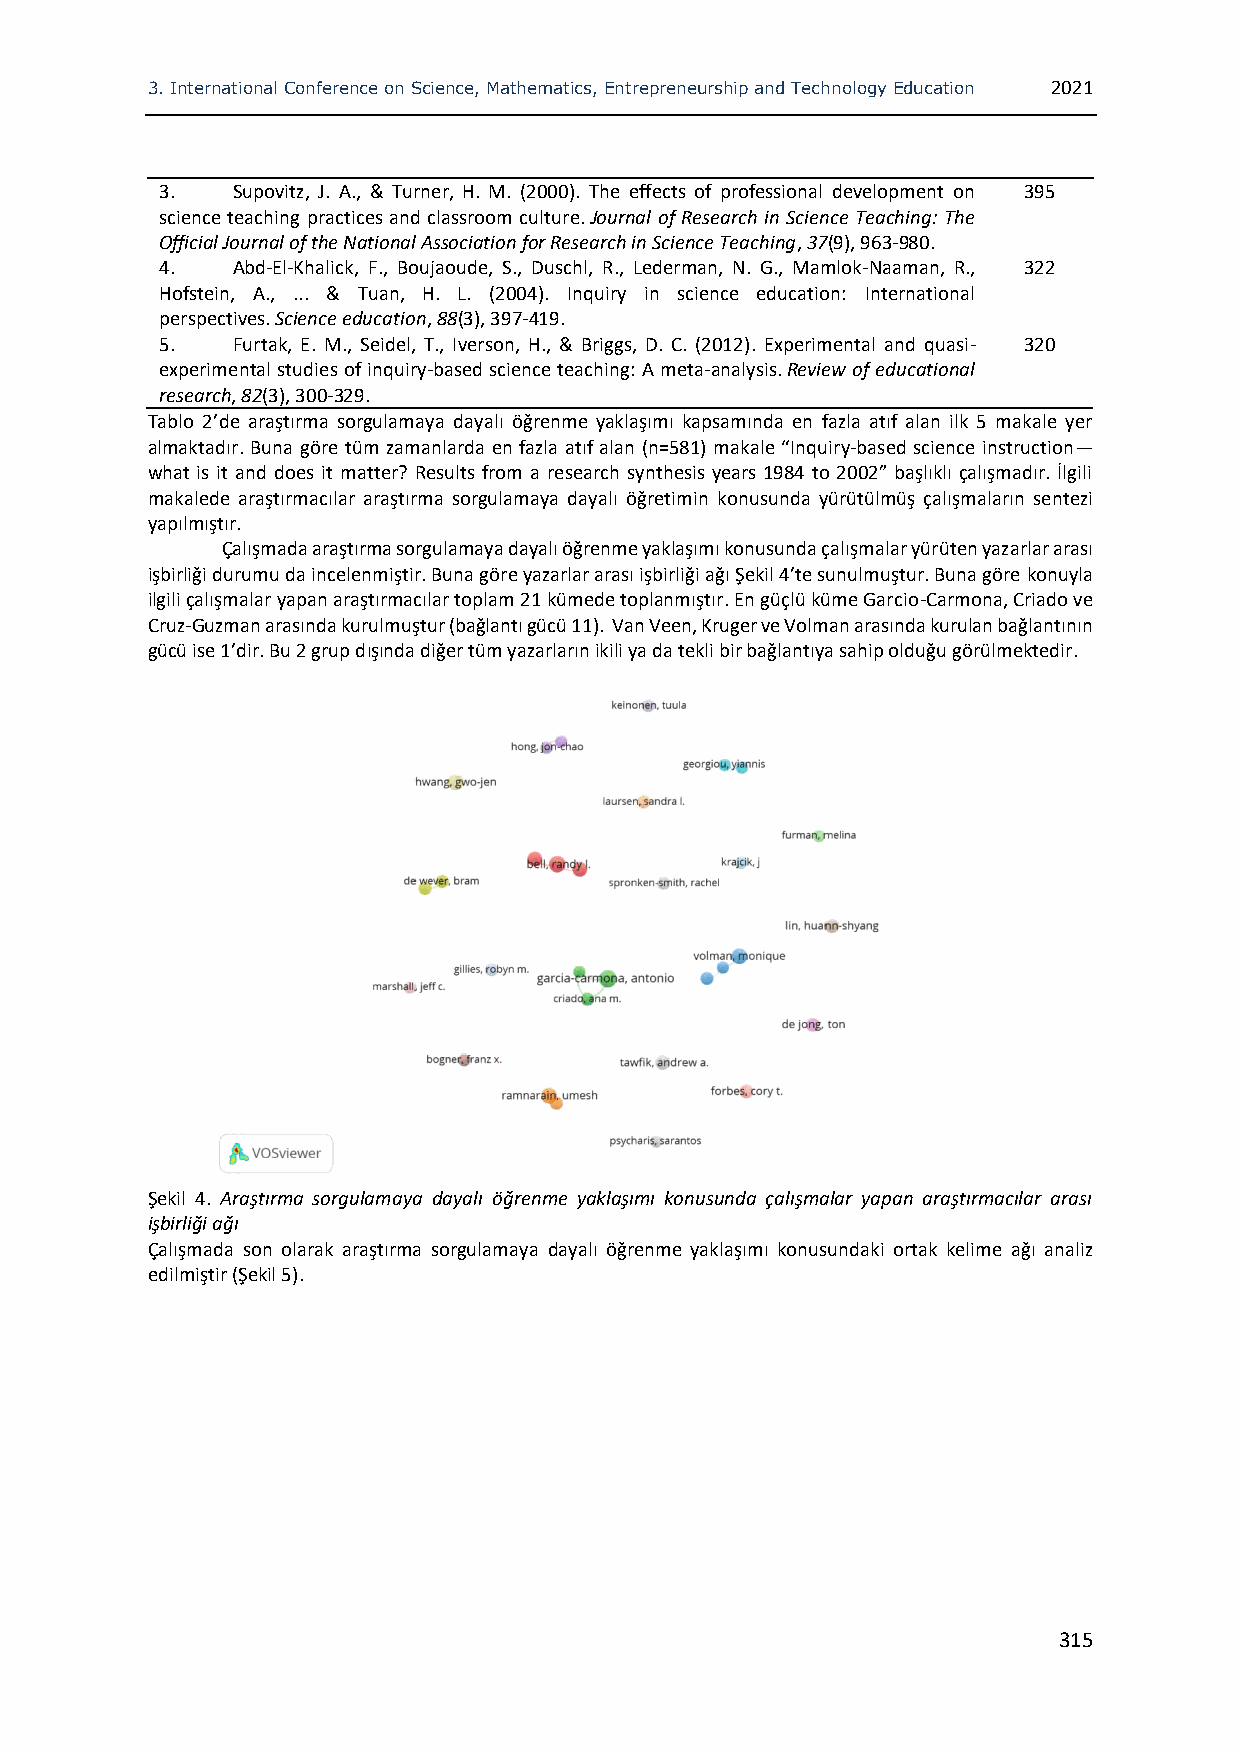
3. International Conference on Science, Mathematics, Entrepreneurship and Technology Education 2021
 3.  Supovitz, J. A., & Turner, H. M. (2000). The effects of professional development on 395
 science teaching practices and classroom culture. Journal of Research in Science Teaching: The
 Official Journal of the National Association for Research in Science Teaching, 37(9), 963-980.
 4.  Abd-El-Khalick, F., Boujaoude, S., Duschl, R., Lederman, N. G., Mamlok-Naaman, R., 322
 Hofstein, A., ... & Tuan, H. L. (2004). Inquiry in science education: International
 perspectives. Science education, 88(3), 397-419.
 5.  Furtak, E. M., Seidel, T., Iverson, H., & Briggs, D. C. (2012). Experimental and quasi- 320
 experimental studies of inquiry-based science teaching: A meta-analysis. Review of educational
 research, 82(3), 300-329.
 Tablo 2’de araştırma sorgulamaya dayalı öğrenme yaklaşımı kapsamında en fazla atıf alan ilk 5 makale yer
 almaktadır. Buna göre tüm zamanlarda en fazla atıf alan (n=581) makale “Inquiry-based science instruction—
 what is it and does it matter? Results from a research synthesis years 1984 to 2002” başlıklı çalışmadır. İlgili
 makalede araştırmacılar araştırma sorgulamaya dayalı öğretimin konusunda yürütülmüş çalışmaların sentezi
 yapılmıştır.
 Çalışmada araştırma sorgulamaya dayalı öğrenme yaklaşımı konusunda çalışmalar yürüten yazarlar arası
 işbirliği durumu da incelenmiştir. Buna göre yazarlar arası işbirliği ağı Şekil 4’te sunulmuştur. Buna göre konuyla
 ilgili çalışmalar yapan araştırmacılar toplam 21 kümede toplanmıştır. En güçlü küme Garcio-Carmona, Criado ve
 Cruz-Guzman arasında kurulmuştur (bağlantı gücü 11). Van Veen, Kruger ve Volman arasında kurulan bağlantının
 gücü ise 1’dir. Bu 2 grup dışında diğer tüm yazarların ikili ya da tekli bir bağlantıya sahip olduğu görülmektedir.
 Şekil 4. Araştırma sorgulamaya dayalı öğrenme yaklaşımı konusunda çalışmalar yapan araştırmacılar arası
 işbirliği ağı
 Çalışmada son olarak araştırma sorgulamaya dayalı öğrenme yaklaşımı konusundaki ortak kelime ağı analiz
 edilmiştir (Şekil 5).
 315